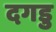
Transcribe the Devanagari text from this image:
दगडु